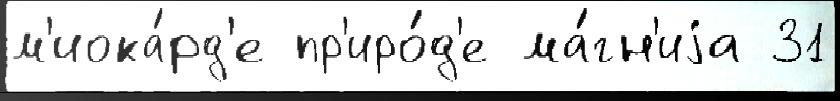
м'иока́рд'е пр'иро́д'е ма́гн'иjа 31